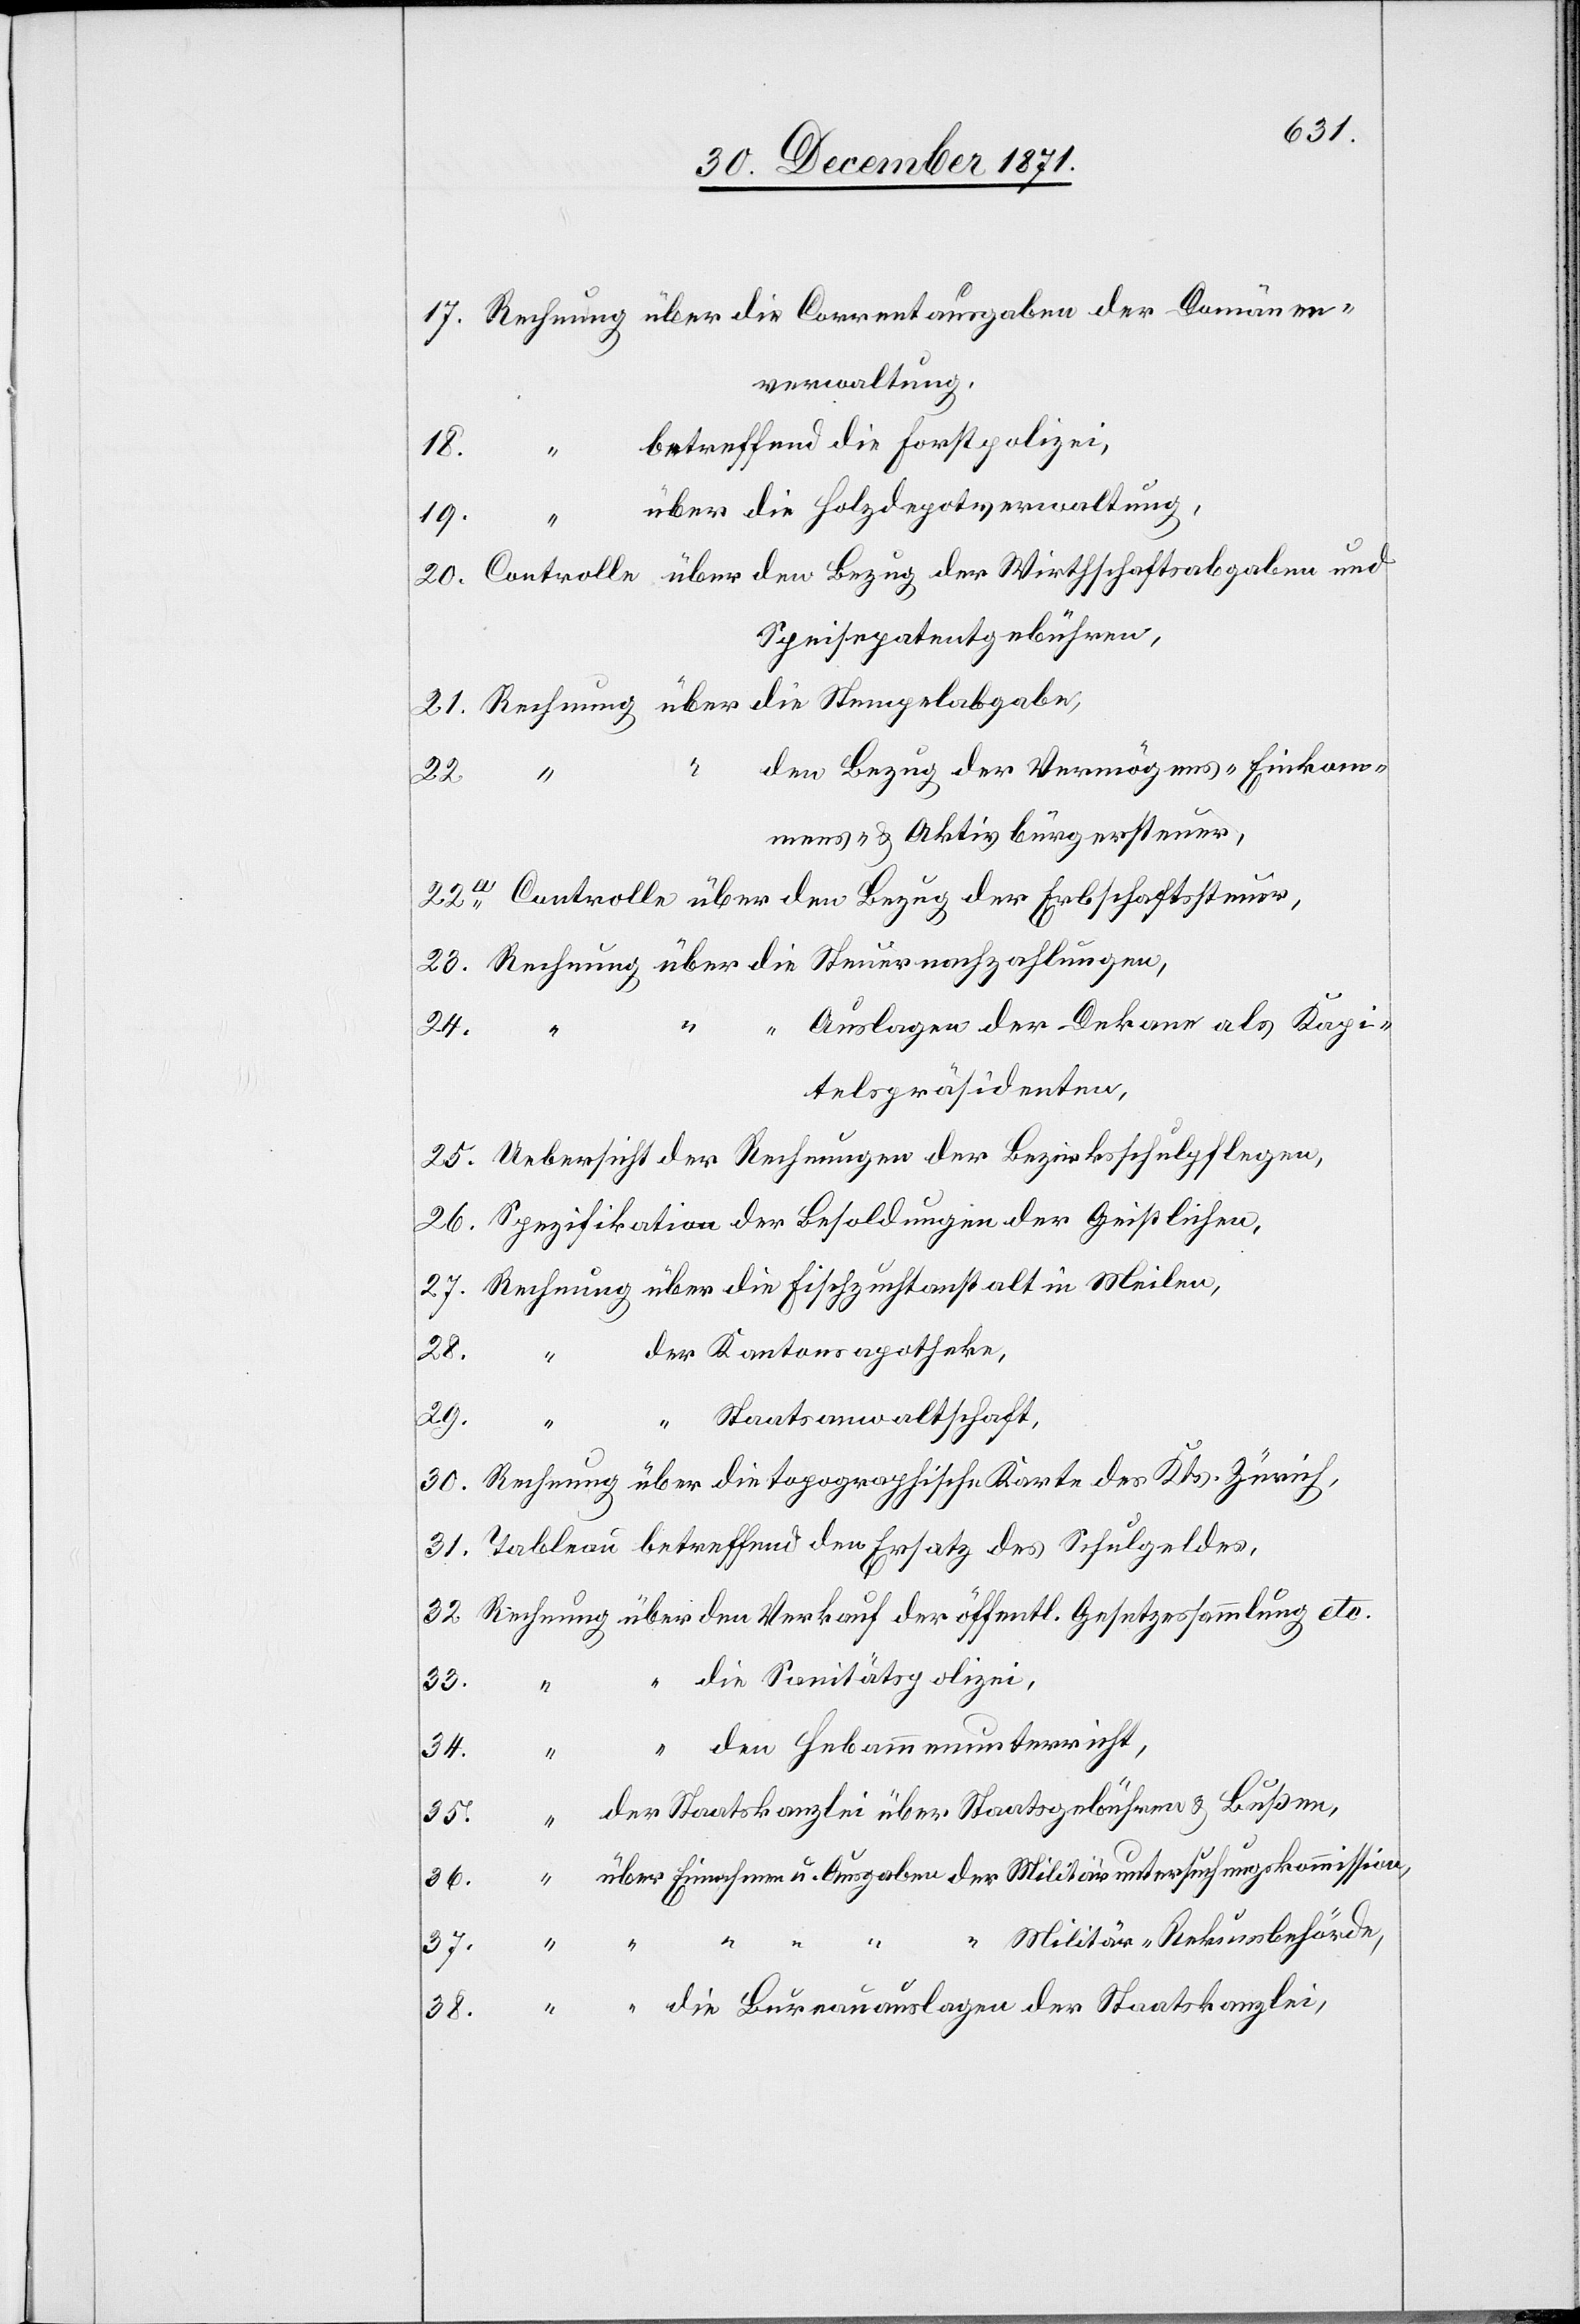
17. Rechnung über die Correntausgaben der Domänen¬
verwaltung.
betreffend die Forstpolizei,
über die Holzdepotverwaltung,
19.
“
20. Controlle über den Bezug der Wirthschaftsabgaben und
Speisepatentsgebühren,
21. Rechnung über die Stempelabgabe,
“
den Bezug der Vermögens-[,] Einkom¬
mens- & Aktivbürgersteuer,
22.a Controlle über den Bezug der Erbschaftssteuer,
23. Rechnung über die Steuernachzahlungen,
“ Auslagen der Dekane als Kapi¬
telspräsidenten,
25. Uebersicht der Rechnungen der Bezirksschulpflegen,
26. Spezifikation der Besoldungen der Geistlichen,
27. Rechnung über die Fischzuchtanstalt in Meilen,
der Kantonsapotheke.
28.
“
29.
“ Staatsanwaltschaft,
30. Rechnung über die topographische Karte des Kts. Zürich,
31. Tableau betreffend den Ersatz des Schulgeldes,
32. Rechnung über den Verkauf der öffentl. Gesetzessammlung etc.
die Sanitätspolizei,
den Hebammenunterricht,
34.
37.
“
35. “ der Staatskanzlei über Staatsgebühren & Bußen,
36. “ über Einnahmen u. Ausgaben der Militäruntersuchungskommission,
“ Militär-Rekursbehörde,
“ “ “ “
“ “ die Bureauauslagen der Staatskanzlei,
38.